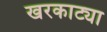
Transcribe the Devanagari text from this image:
खरकाट्या